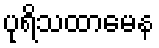
ပုရိသထာမေန